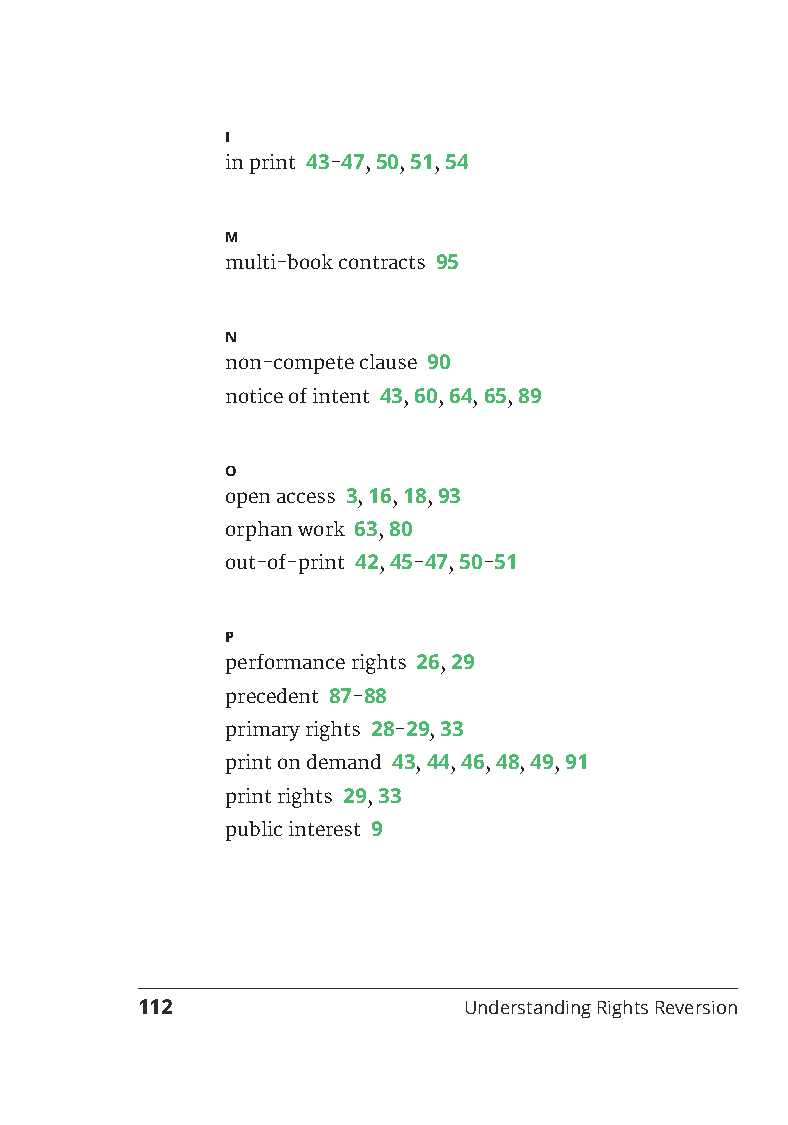
I
 in print 43-47, 50, 51, 54
 M
 multi-book contracts 95
 N
 non-compete clause 90
 notice of intent 43, 60, 64, 65, 89
 O
 open access 3, 16, 18, 93
 orphan work 63, 80
 out-of-print 42, 45-47, 50-51
 P
 performance rights 26, 29
 precedent 87-88
 primary rights 28-29, 33
 print on demand 43, 44, 46, 48, 49, 91
 print rights 29, 33
 public interest 9
 112                   Understanding Rights Reversion